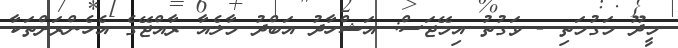
މީދޫ މަގުމަތި - ވަގުތު އިމޭޖަސް: އަޝްހާދު އަބްދު މާލެއާ ރާއްޖޭގެ އެހެންރަށްތަކާ